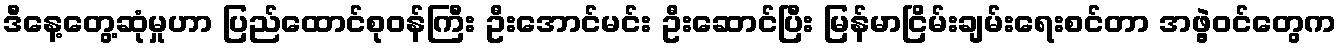
ဒီနေ့တွေ့ဆုံမှုဟာ ပြည်ထောင်စုဝန်ကြီး ဦးအောင်မင်း ဦးဆောင်ပြီး မြန်မာငြိမ်းချမ်းရေးစင်တာ အဖွဲ့ဝင်တွေက